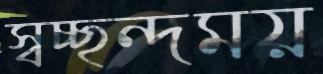
স্বচ্ছন্দময়